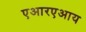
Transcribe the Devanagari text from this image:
एआरएआय